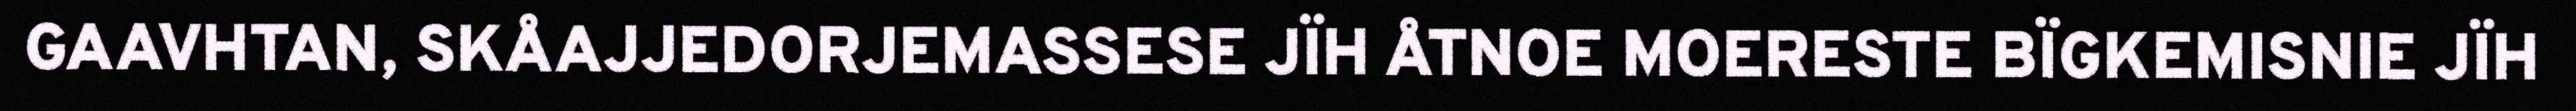
GAAVHTAN, SKÅAJJEDORJEMASSESE JÏH ÅTNOE MOERESTE BÏGKEMISNIE JÏH